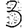
Digit: 3